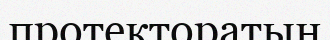
протекторатын